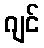
ဂျင်